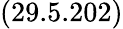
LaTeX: (29.5.202)